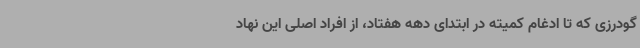
گودرزی که تا ادغام کمیته در ابتدای دهه هفتاد، از افراد اصلی این نهاد